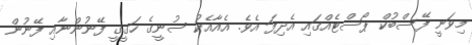
މިވަނީ ފޭސްބުކް ޕޯސްޓެއްގައި އެދިފަ އެވެ. އެއާއެކު ސުނީގެ ހަގީގީ ފޭނުންނާއި ފޭނުން